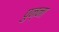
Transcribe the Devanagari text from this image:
पुन्ना